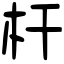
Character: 杆